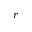
r